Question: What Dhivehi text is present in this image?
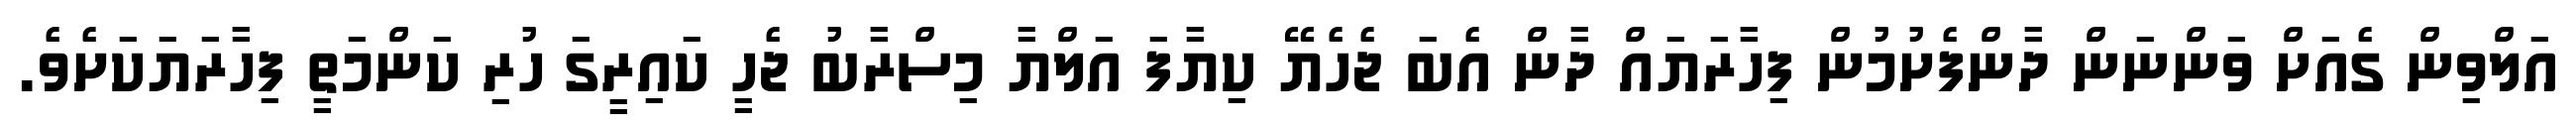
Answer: އަލްވިން ގެއަށް ވަންނަން ދާންފެށުމުން ފިހާރަޔައް ދާން އެބަ ޖެހެޔޭ ކިޔާފަ އަލްޔާ މިސްރާބު ޖެހީ ކައިރީގަ ހުރި ކަންމަތީ ފިހާރަޔަކަށެވެ.